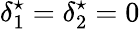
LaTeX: \delta_{1}^{\star}=\delta_{2}^{\star}=0